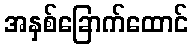
အနှစ်ခြောက်ထောင်